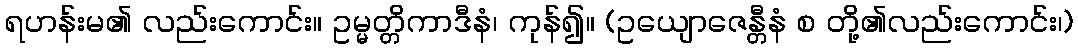
ရဟန်းမ၏ လည်းကောင်း။ ဥမ္မတ္တိကာဒီနံ၊ ကုန်၍။ (ဥယျောဇေန္တီနံ စ တို့၏လည်းကောင်း၊)